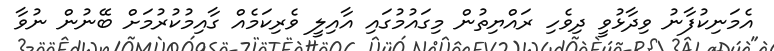
އެމަނިކުފާނު ވިދާޅުވީ ދިވެހި ރައްޔިތުން މިގައުމުގައި އާއިލީ ވެރިކަމެއް ގާއިމުކުރުމަށް ބޭނުން ނުވާ